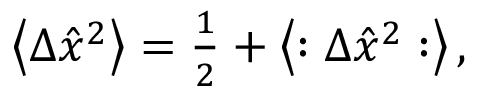
\begin{array} { r } { \left\langle \Delta \hat { x } ^ { 2 } \right\rangle = \frac { 1 } { 2 } + \left\langle : \Delta \hat { x } ^ { 2 } : \right\rangle , } \end{array}